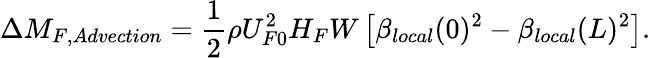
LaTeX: \Delta M_{F,Advection}=\frac{1}{2}\rho U_{F0}^{2}H_{F}W\left[\beta_{local}(0)^{2}-\beta_{local}(L)^{2}\right].